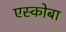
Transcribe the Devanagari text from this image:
एस्कोबा